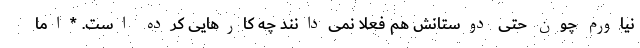
نیاورم چون حتی دوستانش هم فعلاً نمی‌دانند چه کارهایی کرده است. *اما